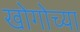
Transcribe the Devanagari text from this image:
खोगोच्या